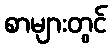
စာများတွင်